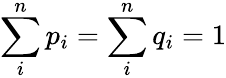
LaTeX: \sum_{i}^{n}p_{i}=\sum_{i}^{n}q_{i}=1